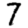
Digit: 7